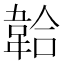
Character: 韐